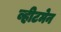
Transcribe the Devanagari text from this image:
व्हीटमेन